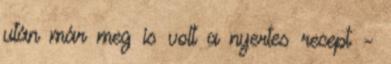
után már meg is volt a nyertes recept –